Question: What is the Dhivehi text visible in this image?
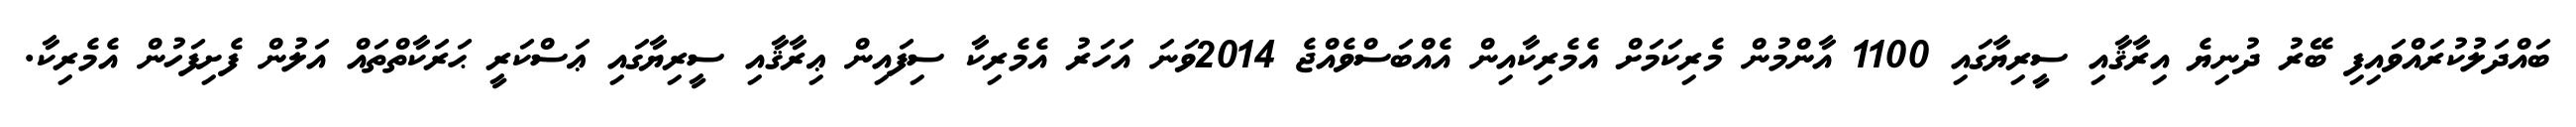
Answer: ބައްދަލުކުރައްވައިފި ބޭރު ދުނިޔެ އިރާޤާއި ސީރިޔާގައި 1100 އާންމުން މެރިކަމަށް އެމެރިކާއިން އެއްބަސްވެއްޖެ 2014ވަނަ އަހަރު އެމެރިކާ ސިފައިން ޢިރާޤާއި ސީރިޔާގައި ޢަސްކަރީ ޙަރަކާތްތައް އަލުން ފެށިފަހުން އެމެރިކާ.